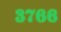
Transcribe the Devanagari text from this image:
३७६६